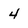
Character: 4